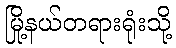
မြို့နယ်တရားရုံးသို့